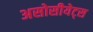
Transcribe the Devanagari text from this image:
असोसीयेट्स